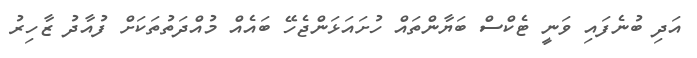
އަދި ބުނެފައި ވަނީ ޓެކްސް ބަޔާންތައް ހުށައަޅަންޖެހޭ ބައެއް މުއްދަތުތަކަށް ފުއާދު ޒާހިރު